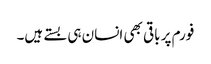
فورم پر باقی بھی انسان ہی بستے ہیں۔